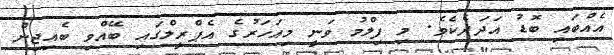
އެއްބައި ބޮޑު އަދަދެކެވެ. މި ފިލްމު ވަނީ މިއަހަރުގެ އެޕްރީލްގައި ބޭއްވި ބެއިޖިން